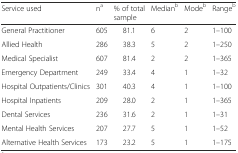
<table><thead><tr><td><b>Service used</b></td><td><b>n<sup>a</sup></b></td><td><b>% of total sample</b></td><td><b>Median<sup>b</sup></b></td><td><b>Mode<sup>b</sup></b></td><td><b>Range<sup>b</sup></b></td></tr></thead><tbody><tr><td>General Practitioner</td><td>605</td><td>81.1</td><td>6</td><td>2</td><td>1–100</td></tr><tr><td>Allied Health</td><td>286</td><td>38.3</td><td>5</td><td>2</td><td>1–250</td></tr><tr><td>Medical Specialist</td><td>607</td><td>81.4</td><td>2</td><td>2</td><td>1–365</td></tr><tr><td>Emergency Department</td><td>249</td><td>33.4</td><td>4</td><td>1</td><td>1–32</td></tr><tr><td>Hospital Outpatients/Clinics</td><td>301</td><td>40.3</td><td>4</td><td>1</td><td>1–100</td></tr><tr><td>Hospital Inpatients</td><td>209</td><td>28.0</td><td>2</td><td>1</td><td>1–365</td></tr><tr><td>Dental Services</td><td>236</td><td>31.6</td><td>2</td><td>1</td><td>1–31</td></tr><tr><td>Mental Health Services</td><td>207</td><td>27.7</td><td>5</td><td>1</td><td>1–52</td></tr><tr><td>Alternative Health Services</td><td>173</td><td>23.2</td><td>5</td><td>1</td><td>1–175</td></tr></tbody></table>